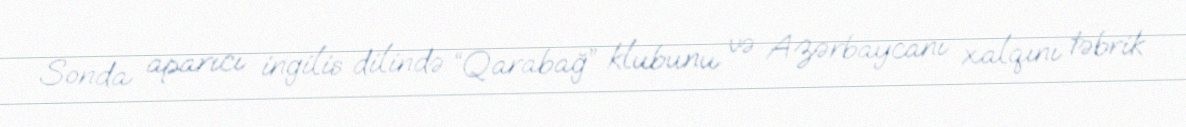
Sonda aparıcı ingilis dilində “Qarabağ” klubunu və Azərbaycanı xalqını təbrik